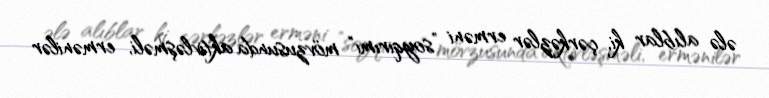
ələ alıblar ki, çərkəzlər erməni ”soyqırımı" mövzusunda aktivləşməli, ermənilər